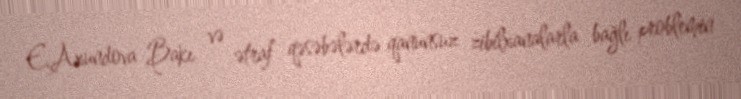
E.Axundova Bakı və ətraf qəsəbələrdə qanunsuz zibilxanalarla bağlı problemin